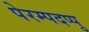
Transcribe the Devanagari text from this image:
पेरम्पदप्पु